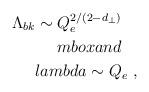
LaTeX: \begin{align*}\Lambda_{bk} \sim Q_e^{2/(2-d_\perp)} \ \ \ \\mbox{and} \ \ \ \\lambda \sim Q_e\ ,\end{align*}